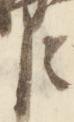
臣